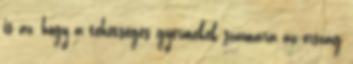
is az, hogy a tehetséges gyermekek számára az ország